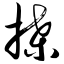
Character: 揲